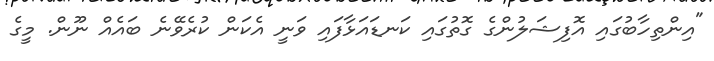
"އިންތިހާބުގައި އޮފިޝަލުންގެ ގޮތުގައި ކަނޑައަޅާފައި ވަނީ އެކަން ކުރެވޭނެ ބައެއް ނޫން. މީގެ